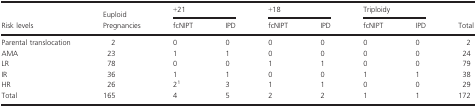
<table><thead><tr><td rowspan="2"><b>Risk levels</b></td><td><b>Euploid</b></td><td colspan="2"><b>+21</b></td><td colspan="2"><b>+18</b></td><td colspan="2"><b>Triploidy</b></td><td rowspan="2"><b>Total</b></td></tr><tr><td><b>Pregnancies</b></td><td><b>fcNIPT</b></td><td><b>IPD</b></td><td><b>fcNIPT</b></td><td><b>IPD</b></td><td><b>fcNIPT</b></td><td><b>IPD</b></td></tr></thead><tbody><tr><td>Parental translocation</td><td>2</td><td>0</td><td>0</td><td>0</td><td>0</td><td>0</td><td>0</td><td>2</td></tr><tr><td>AMA</td><td>23</td><td>1</td><td>1</td><td>0</td><td>0</td><td>0</td><td>0</td><td>24</td></tr><tr><td>LR</td><td>78</td><td>0</td><td>0</td><td>1</td><td>1</td><td>0</td><td>0</td><td>79</td></tr><tr><td>IR</td><td>36</td><td>1</td><td>1</td><td>0</td><td>0</td><td>1</td><td>1</td><td>38</td></tr><tr><td>HR</td><td>26</td><td>2a</td><td>3</td><td>1</td><td>1</td><td>0</td><td>0</td><td>29</td></tr><tr><td>Total</td><td>165</td><td>4</td><td>5</td><td>2</td><td>2</td><td>1</td><td>1</td><td>172</td></tr></tbody></table>